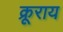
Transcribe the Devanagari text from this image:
क्रूराय